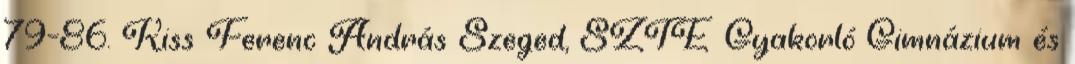
79–86. Kiss Ferenc András Szeged, SZTE Gyakorló Gimnázium és